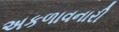
અકળાવનારી